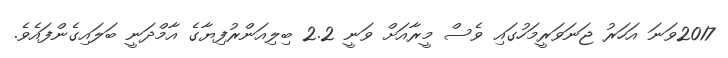
2017ވަނަ އަހަރު ޖަނަވަރީމަހުގައި ވެސް މީރާއަށް ވަނީ 2.2 ބިލިއަންރުފިޔާގެ އާމްދަނީ ބަލައިގެންފައެވެ.